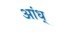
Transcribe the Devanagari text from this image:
आंध्